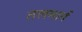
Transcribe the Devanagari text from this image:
तलमार्ग